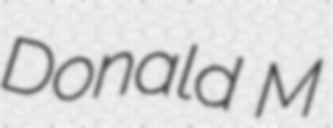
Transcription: Donald M